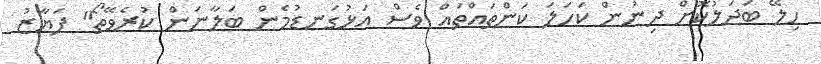
ހިލޭ ބަދަލުކޮށް ދިނުން ކަހަލަ ކަންތައްތައް ވެސް އަޅުގަނޑުމެން ބަލާނަން ކުރެވޭތޯ" ފަޔާޒު